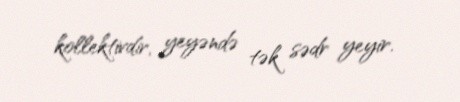
kollektivdir, yeyəndə tək sədr yeyir.